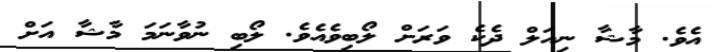
އެވެ. މާޝާ ނިއަލް ދެކެ ވަރަށް ލޯބިވެއެވެ. ލޯބި ނުވާނަމަ މާޝާ އަށް